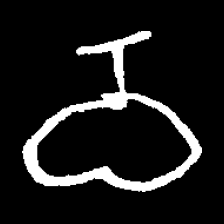
Pyu character \u2014 Myanmar letter: ဝ (romanized: wa)